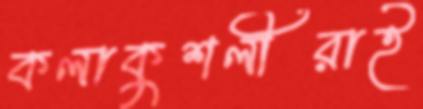
কলাকুশলীরাই